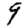
Digit: 9